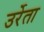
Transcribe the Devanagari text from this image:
उर्रेता